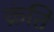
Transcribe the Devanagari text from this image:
क्रंति